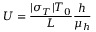
U = \frac { | \sigma _ { T } | T _ { 0 } } { L } \frac { h } { \mu _ { h } }